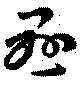
懸